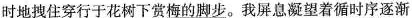
时地拽住穿行于花树下赏梅的脚步。我屏息凝望着循时序逐渐